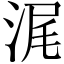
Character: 浘